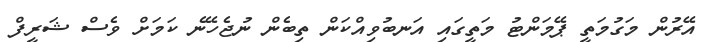
އޭރުން މަގުމަތީ ޕޭމަންޓު މަތީގައި އަނބުވިއްކަން ތިބެން ނުޖެހޭނެ ކަމަށް ވެސް ޝަރީފް